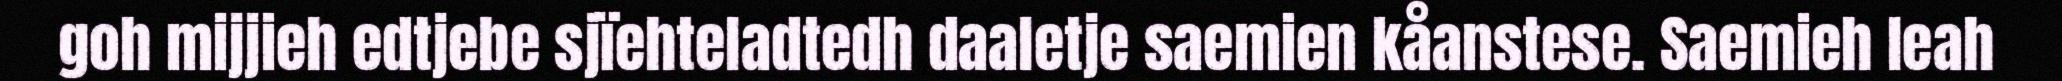
goh mijjieh edtjebe sjïehteladtedh daaletje saemien kåanstese. Saemieh leah